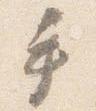
手